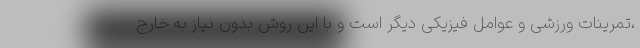
،تمرینات ورزشی و عوامل فیزیکی دیگر است و با این روش بدون نیاز به خارج